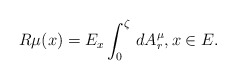
\begin{align*}R\mu(x)=E_x\int_0^\zeta \,dA^\mu_r,x\in E.\end{align*}